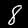
Digit: 8